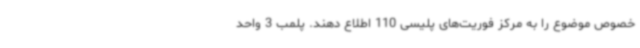
خصوص موضوع را به مرکز فوریت‌های پلیسی 110 اطلاع دهند. پلمب 3 واحد